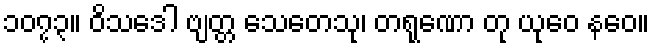
၁၀၇၃။ ဝိသဒေါ ဗျတ္တ သေတေသု၊ တရုဏော တု ယုဝေ နဝေ။